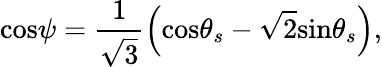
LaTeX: \mathrm{cos}\psi=\frac{1}{\sqrt{3}}\left(\mathrm{cos}\theta_{s}-\sqrt{2}\mathrm{sin}\theta_{s}\right),